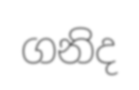
ගනිද